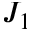
J _ { 1 }